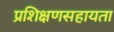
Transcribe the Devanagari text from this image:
प्रशिक्षणसहायता